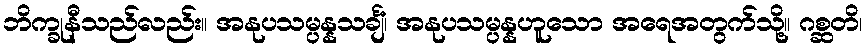
ဘိက္ခုနီသည်လည်း။ အနုပသမ္ပန္နသင်္ချံ၊ အနုပသမ္ပန္နဟူသော အရေအတွက်သို့။ ဂစ္ဆတိ၊